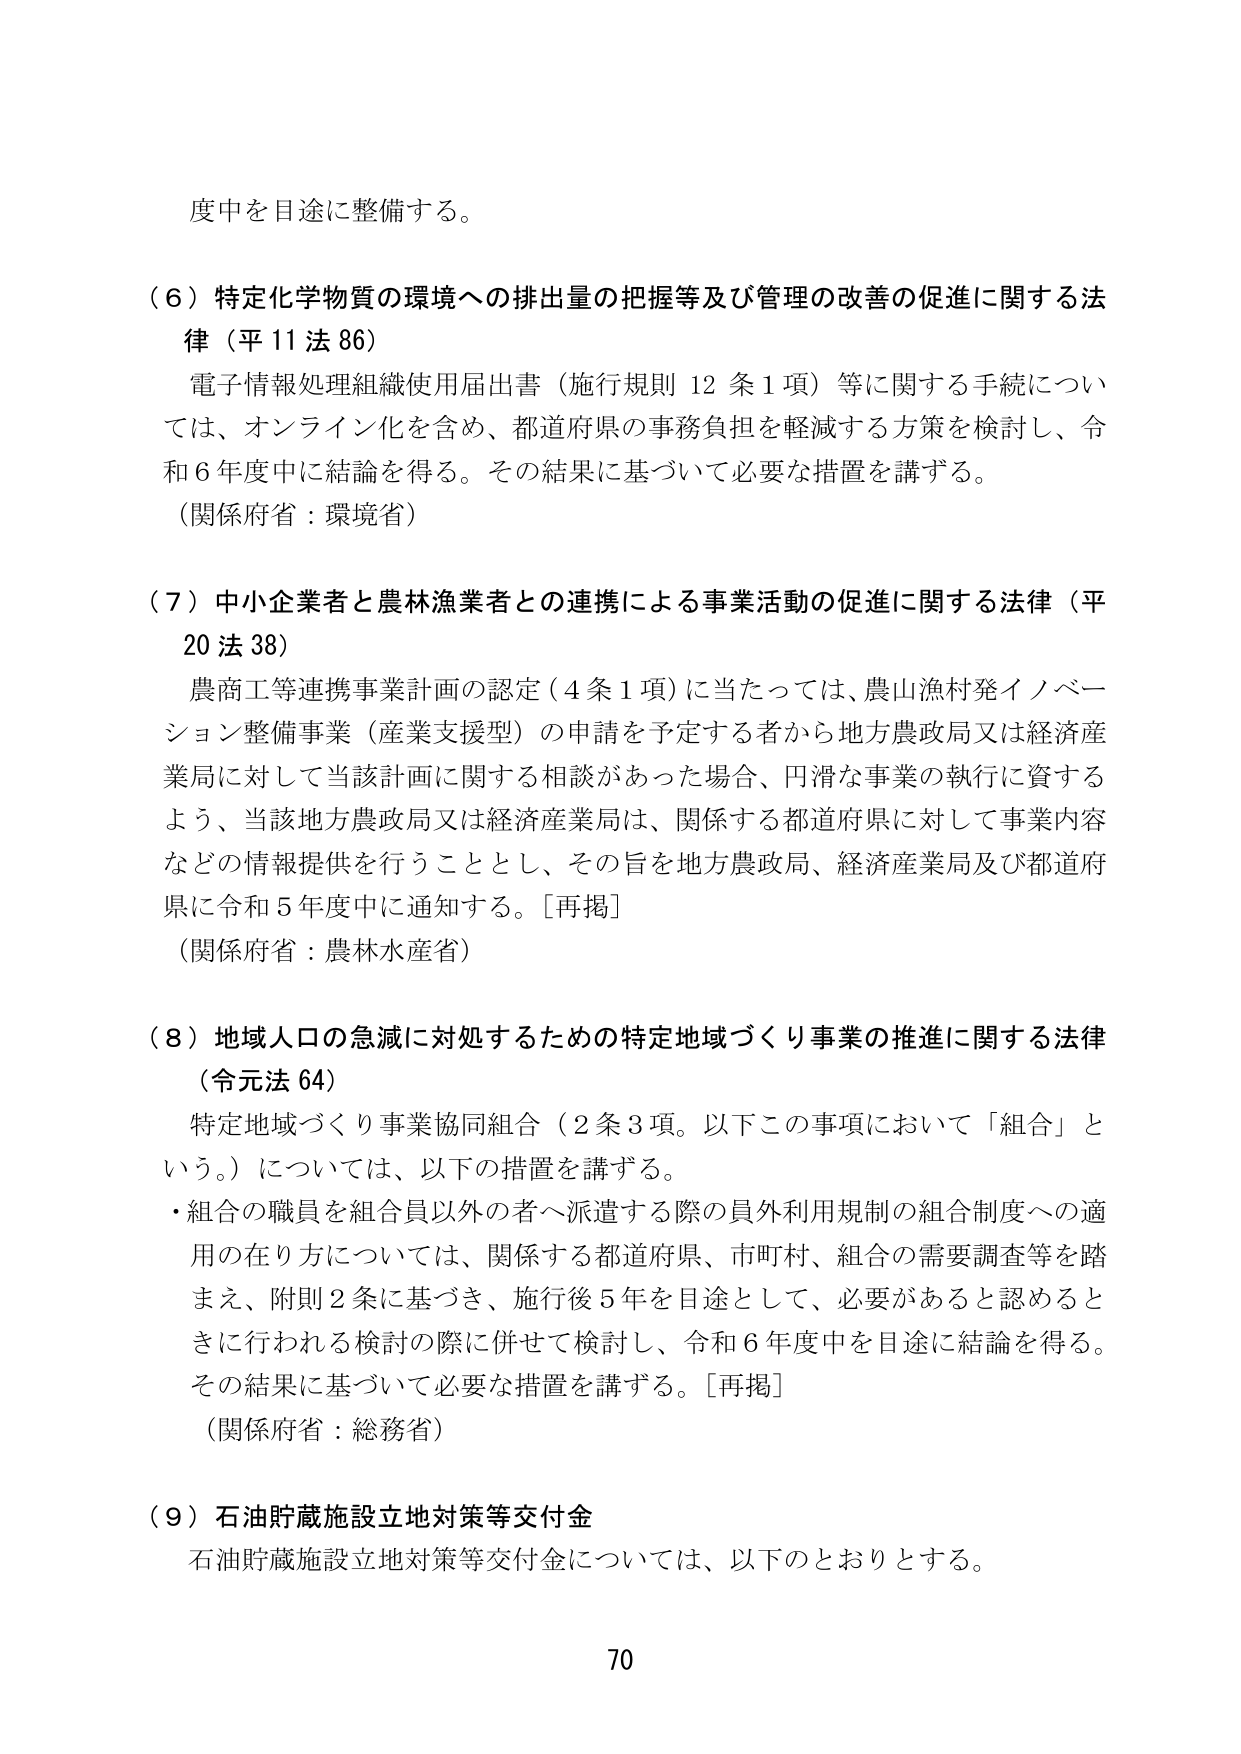
度中を目途に整備する。

（６）特定化学物質の環境への排出量の把握等及び管理の改善の促進に関する法律（平11法86）
電子情報処理組織使用届出書（施行規則12条1項）等に関する手続については、オンライン化を含め、都道府県の事務負担を軽減する方策を検討し、令和6年度中に結論を得る。その結果に基づいて必要な措置を講ずる。
（関係府省：環境省）

（７）中小企業者と農林漁業者との連携による事業活動の促進に関する法律（平20法38）
農商工等連携事業計画の認定（4条1項）に当たっては、農山漁村発イノベーション整備事業（産業支援型）の申請を予定する者から地方農政局又は経済産業局に対して当該計画に関する相談があった場合、円滑な事業の執行に資するよう、当該地方農政局又は経済産業局は、関係する都道府県に対して事業内容などの情報提供を行うこととし、その旨を地方農政局、経済産業局及び都道府県に令和5年度中に通知する。［再掲］
（関係府省：農林水産省）

（８）地域人口の急減に対処するための特定地域づくり事業の推進に関する法律（令元法64）
特定地域づくり事業協同組合（2条3項。以下この事項において「組合」という。）については、以下の措置を講ずる。
・組合の職員を組合員以外の者へ派遣する際の員外利用規制の組合制度への適用の在り方については、関係する都道府県、市町村、組合の需要調査等を踏まえ、附則2条に基づき、施行後5年を目途として、必要があると認めるときに行われる検討の際に併せて検討し、令和6年度中を目途に結論を得る。その結果に基づいて必要な措置を講ずる。［再掲］
（関係府省：総務省）

（９）石油貯蔵施設立地対策等交付金
石油貯蔵施設立地対策等交付金については、以下のとおりとする。

70